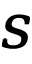
\pmb { S }